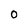
Character: O